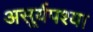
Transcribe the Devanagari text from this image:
असूर्यपश्या